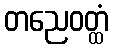
တညေဝတ္ထံ